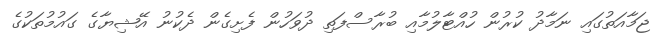
ޖަމާއަތުގައި ނަމާދު ކުރުން ހުއްޓާލުމާއި ބުރާސްފަތި ދުވަހުން ފެށިގެން ދެކުނު އޭޝިޔާގެ ގައުމުތަކުގެ